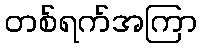
တစ်ရက်အကြာ